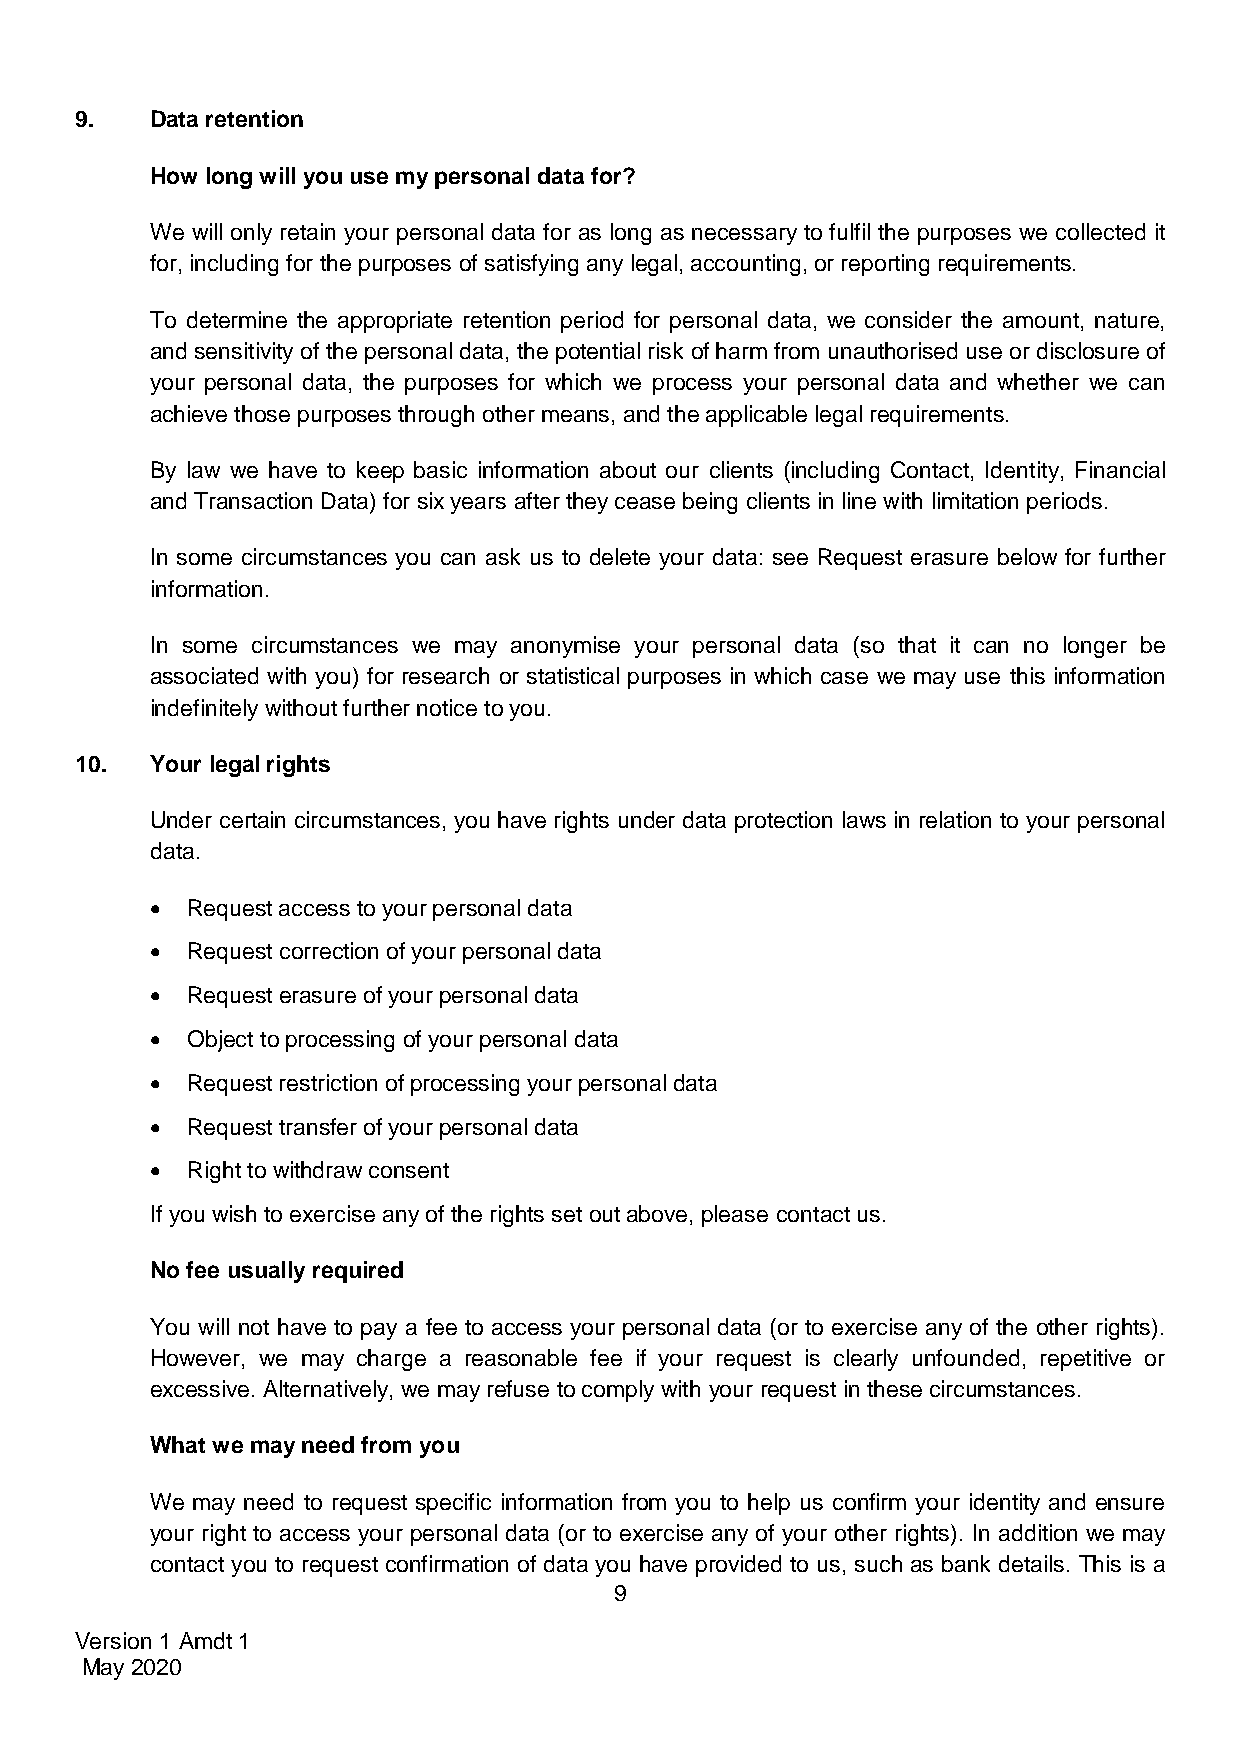
9.   Data retention
 How long will you use my personal data for?
 We will only retain your personal data for as long as necessary to fulfil the purposes we collected it
 for, including for the purposes of satisfying any legal, accounting, or reporting requirements.
 To determine the appropriate retention period for personal data, we consider the amount, nature,
 and sensitivity of the personal data, the potential risk of harm from unauthorised use or disclosure of
 your personal data, the purposes for which we process your personal data and whether we can
 achieve those purposes through other means, and the applicable legal requirements.
 By law we have to keep basic information about our clients (including Contact, Identity, Financial
 and Transaction Data) for six years after they cease being clients in line with limitation periods.
 In some circumstances you can ask us to delete your data: see Request erasure below for further
 information.
 In some circumstances we may anonymise your personal data (so that it can no longer be
 associated with you) for research or statistical purposes in which case we may use this information
 indefinitely without further notice to you.
 10.  Your legal rights
 Under certain circumstances, you have rights under data protection laws in relation to your personal
 data.
  Request access to your personal data
  Request correction of your personal data
  Request erasure of your personal data
  Object to processing of your personal data
  Request restriction of processing your personal data
  Request transfer of your personal data
  Right to withdraw consent
 If you wish to exercise any of the rights set out above, please contact us.
 No fee usually required
 You will not have to pay a fee to access your personal data (or to exercise any of the other rights).
 However, we may charge a reasonable fee if your request is clearly unfounded, repetitive or
 excessive. Alternatively, we may refuse to comply with your request in these circumstances.
 What we may need from you
 We may need to request specific information from you to help us confirm your identity and ensure
 your right to access your personal data (or to exercise any of your other rights). In addition we may
 contact you to request confirmation of data you have provided to us, such as bank details. This is a
 9
 Version 1 Amdt 1
 May 2020